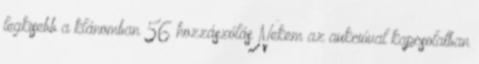
legkisebb a klánomban 56 hozzászólás Nekem az aukcióval kapcsolatban